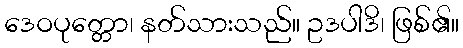
ဒေဝပုတ္တော၊ နတ်သားသည်။ ဥဒပါဒိ၊ ဖြစ်၏။